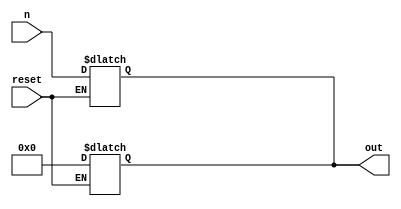
module on_of(
  input [6:0] n,
  input reset,
  output reg [6:0] out
);

  // Initialize output to 0000000
  always @(reset) begin
    if (reset == 1'b1) begin
      out <= 7'b0000000;
    end
  end

  // Pass input to output when reset is not active
  always @(n) begin
    if (reset == 1'b0) begin
      out <= n;
    end
  end

endmodule